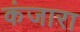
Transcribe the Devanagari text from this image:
कंजारा